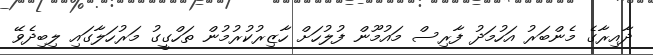
ދާއިރާގެ މެންބަރު އަހުމަދު ފާރިސް މައުމޫން ފުލުހަށް ހާޒިރުކުރުމުން ތަހްގީގު މަރުހަލާގައި ލިބިދެވޭ